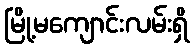
မြို့မကျောင်းလမ်းရှိ